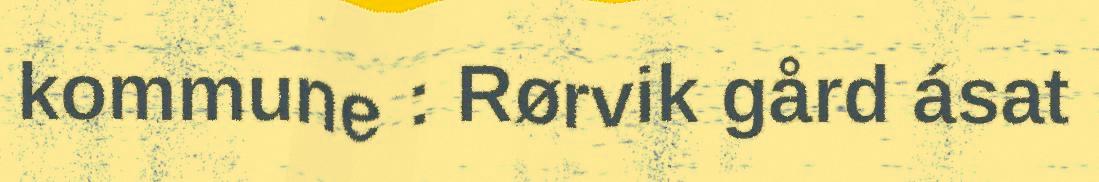
kommune : Rørvik gård ásat